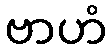
ဗာဟံ